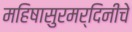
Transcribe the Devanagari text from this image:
महिषासुरमर्दिनीचे